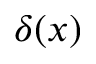
\delta ( x )